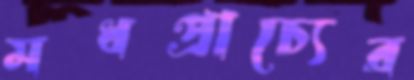
মধপ্রাচ্যের